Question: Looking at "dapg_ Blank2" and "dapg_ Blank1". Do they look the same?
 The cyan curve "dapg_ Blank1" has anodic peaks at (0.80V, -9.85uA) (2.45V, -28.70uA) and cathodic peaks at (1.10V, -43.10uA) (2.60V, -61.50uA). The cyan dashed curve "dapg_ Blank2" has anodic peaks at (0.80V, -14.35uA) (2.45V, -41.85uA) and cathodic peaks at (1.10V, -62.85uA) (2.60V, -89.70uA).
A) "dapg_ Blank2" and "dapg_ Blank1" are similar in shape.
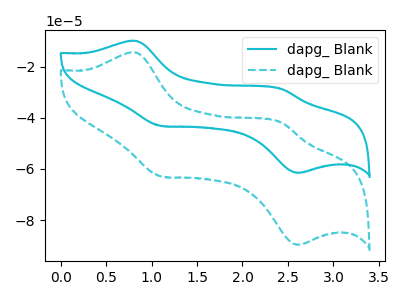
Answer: <think>All the peaks in "dapg_ Blank2" have a peak in "dapg_ Blank1" at the same potential.
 </think>
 <answer>A) "dapg_ Blank2" and "dapg_ Blank1" are similar in shape.</answer>
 <eval>A</eval>